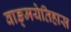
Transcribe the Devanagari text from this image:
वाङ्मयेतिहास